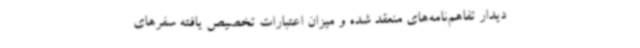
دیدار تفاهم‌نامه‌های منعقد شده و میزان اعتبارات تخصیص یافته سفرهای